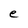
Character: e